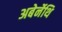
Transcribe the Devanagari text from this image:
अबेर्नेथि